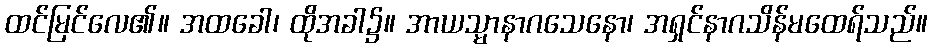
ထင်မြင်လေ၏။ အထခေါ၊ ထိုအခါ၌။ အာယသ္မာနာဂသေနော၊ အရှင်နာဂသိန်မထေရ်သည်။